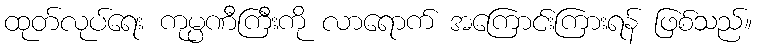
ထုတ်လုပ်ရေး ကုမ္ပဏီကြီးကို လာရောက် အကြောင်းကြားရန် ဖြစ်သည်။